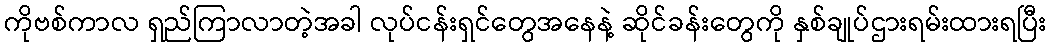
ကိုဗစ်ကာလ ရှည်ကြာလာတဲ့အခါ လုပ်ငန်းရှင်တွေအနေနဲ့ ဆိုင်ခန်းတွေကို နှစ်ချုပ်ဌားရမ်းထားရပြီး